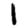
Digit: 1